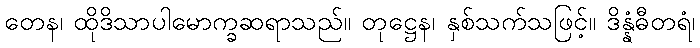
တေန၊ ထိုဒိသာပါမောက္ခဆရာသည်။ တုဋ္ဌေန၊ နှစ်သက်သဖြင့်။ ဒိန္နံဓီတရံ၊